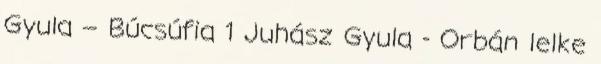
Gyula – Búcsúfia 1 Juhász Gyula - Orbán lelke